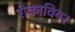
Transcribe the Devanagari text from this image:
रोकावियर